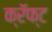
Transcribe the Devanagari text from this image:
क्रॅफ्ट